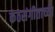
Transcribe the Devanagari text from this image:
कंठसंगीताच्या